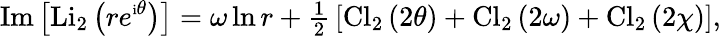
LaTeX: \mathrm{Im}\left[\mathrm{Li}_{2}\left(re^{{\mathrm{\scriptsize{i}}}\theta}\right)\right]=\omega\ln r+{\textstyle{\frac{1}{2}}}\left[\mathrm{Cl}_{2}\left(2\theta\right)+\mathrm{Cl}_{2}\left(2\omega\right)+\mathrm{Cl}_{2}\left(2\chi\right)\right],